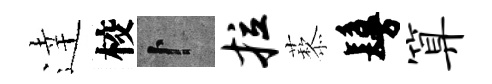
逹校卜拉藜鬘算